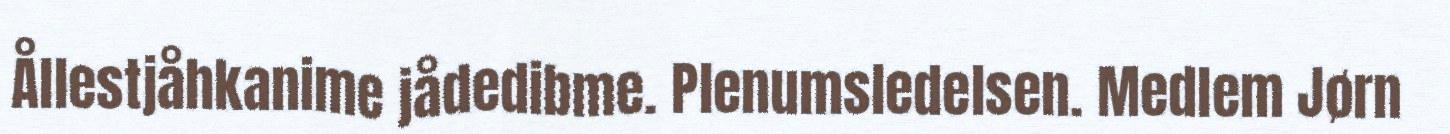
Ållestjåhkanime jådedibme. Plenumsledelsen. Medlem Jørn